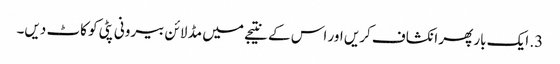
3. ایک بار پھر انکشاف کریں اور اس کے نتیجے میں مڈ لائن بیرونی پٹی کو کاٹ دیں۔